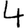
Digit: 4